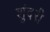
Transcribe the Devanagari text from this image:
शुंदरी